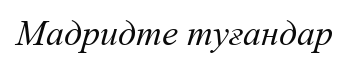
Мадридте туғандар